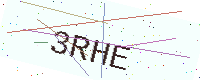
Text: 3RHE